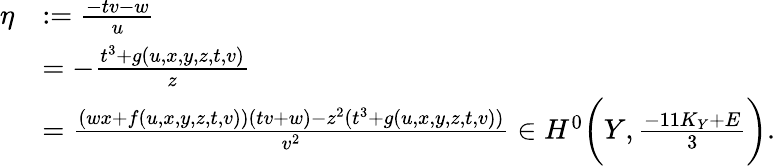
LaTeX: \begin{array}{rl}{\eta}&{:=\frac{-tv-w}{u}}\\ &{=-\frac{t^{3}+g(u,x,y,z,t,v)}{z}}\\ &{=\frac{(wx+f(u,x,y,z,t,v))(tv+w)-z^{2}(t^{3}+g(u,x,y,z,t,v))}{v^{2}}\in H^{0}\bigg(Y,\frac{-11K_{Y}+E}{3}\bigg).}\end{array}